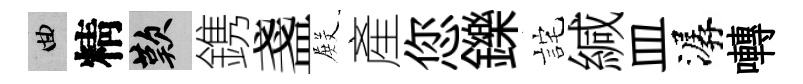
曲精嘆鎸盞𭮺產您鑠詫緘皿潺囀